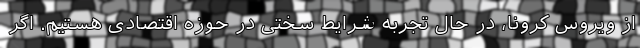
از ویروس کرونا، در حال تجربه شرایط سختی در حوزه اقتصادی هستیم. اگر